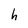
Character: h